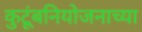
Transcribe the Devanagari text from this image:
कुटूंबनियोजनाच्या